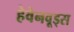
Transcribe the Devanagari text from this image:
हेवेनवूड्स